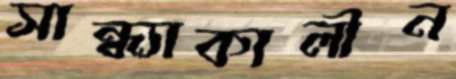
সান্ধ্যাকালীন